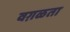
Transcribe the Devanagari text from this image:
वग़ळता